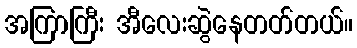
အကြာကြီး အီလေးဆွဲနေတတ်တယ်။